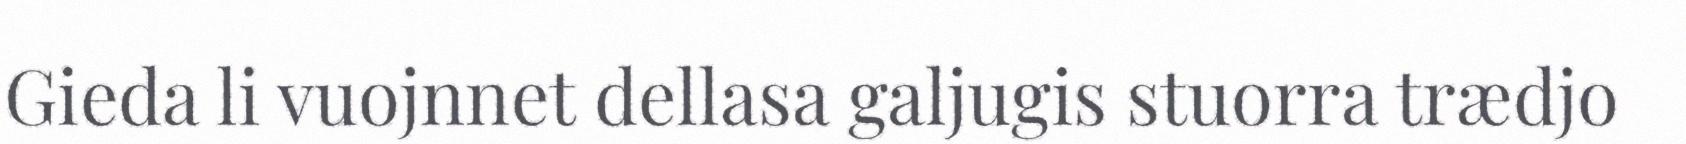
Gieda li vuojnnet dellasa galjugis stuorra trædjo